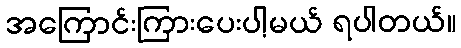
အကြောင်းကြားပေးပါ့မယ် ရပါတယ်။